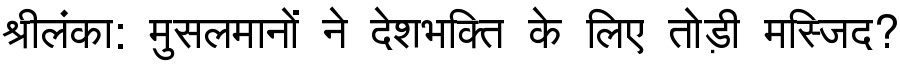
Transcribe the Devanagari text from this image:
श्रीलंका: मुसलमानों ने देशभक्ति के लिए तोड़ी मस्जिद?